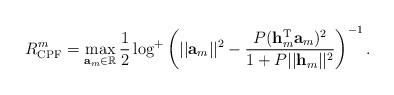
LaTeX: \begin{align*}R_{\mathrm{CPF}}^m = \max_{{\bf a}_m \in \mathbb{R}}\frac{1}{2}\log^+ \left( ||{\bf a}_m||^2 - \frac{P({\bf h}_m^{\mathrm{T}}{\bf a}_m)^2}{1+P||{\bf h}_m||^2} \right)^{-1}. \end{align*}